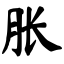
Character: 胀